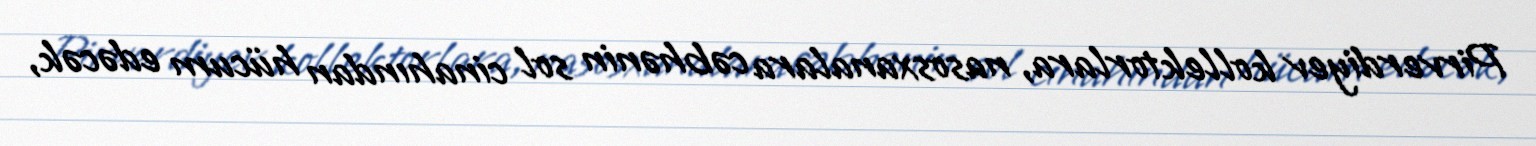
Pirverdiyev kollektorlara, nasosxanalara cəbhənin sol cinahından hücum edəcək,